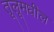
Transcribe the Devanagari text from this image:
तूलूमधील